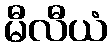
မီလီယံ